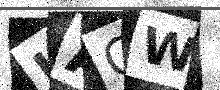
Text: LAGW